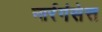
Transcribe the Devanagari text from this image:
नार्रगंसेत्त